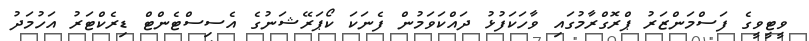
ވީޓީވީގެ ފަސްމަންޒަރު ޕްރޮގްރާމުގައި ވާހަކަފުޅު ދައްކަވަމުން ފެނަކަ ކޯޕަރޭޝަނުގެ އެސިސްޓެންޓް ޑިރެކްޓަރު އަހުމަދު